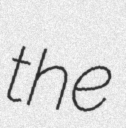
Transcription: the